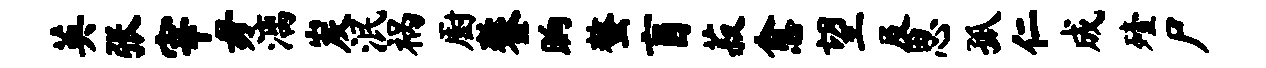
英张宰毋漓炭泯祸厨鏊晌螯盲菽愈望及思孤仁成殪尸